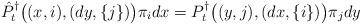
LaTeX: \begin{align*}\hat P^\dag_t\big((x,i),(dy,\{j\})\big) \pi_idx= P^\dag_t\big((y,j),(dx,\{i\})\big)\pi_jdy\end{align*}